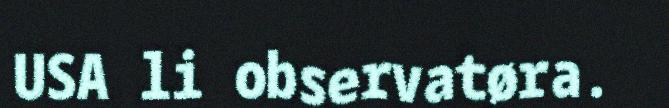
USA li observatøra.